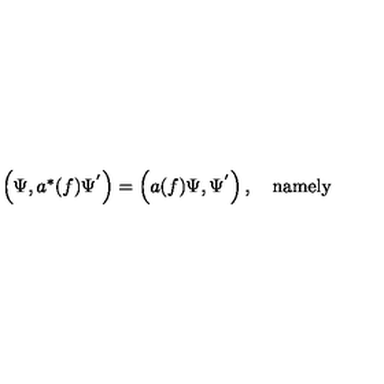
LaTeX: \begin{array} { c } { \left( \Psi , a ^ { * } ( f ) \Psi ^ { ^ { \prime } } \right) = \left( a ( f ) \Psi , \Psi ^ { ^ { \prime } } \right) , \quad \mathrm { n a m e l y } } \\ \end{array}